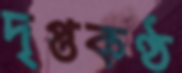
দৃপ্তকণ্ঠ